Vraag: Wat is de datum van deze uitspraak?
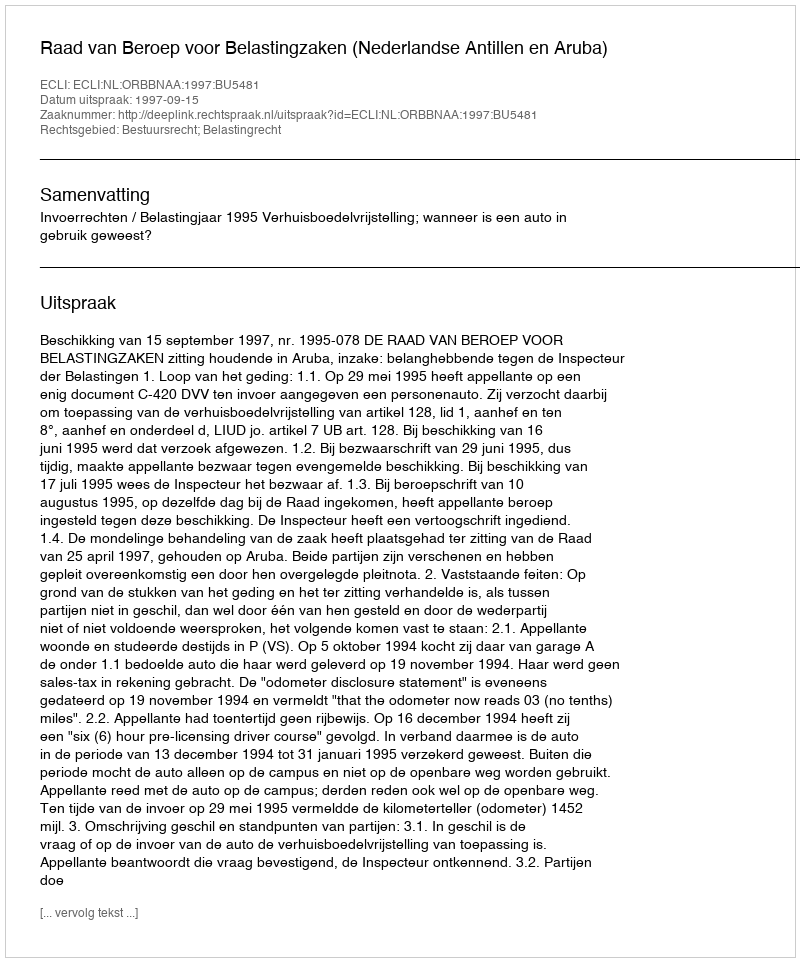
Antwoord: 1997-09-15